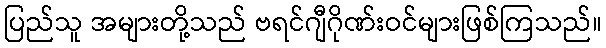
ပြည်သူ အများတို့သည် ဗရင်ဂျီဂိုဏ်းဝင်များဖြစ်ကြသည်။